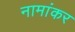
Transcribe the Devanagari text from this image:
नामांकर